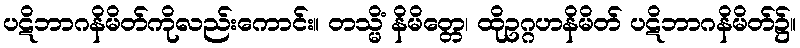
ပဋိဘာဂနိမိတ်ကိုလည်းကောင်း။ တသ္မိံ နိမိတ္တေ၊ ထိုဥဂ္ဂဟနိမိတ် ပဋိဘာဂနိမိတ်၌။